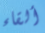
ألقاء